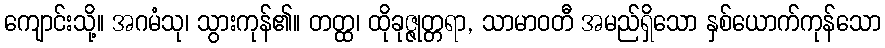
ကျောင်းသို့။ အဂမံသု၊ သွားကုန်၏။ တတ္ထ၊ ထိုခုဇ္ဇုတ္တရာ, သာမာဝတီ အမည်ရှိသော နှစ်ယောက်ကုန်သော